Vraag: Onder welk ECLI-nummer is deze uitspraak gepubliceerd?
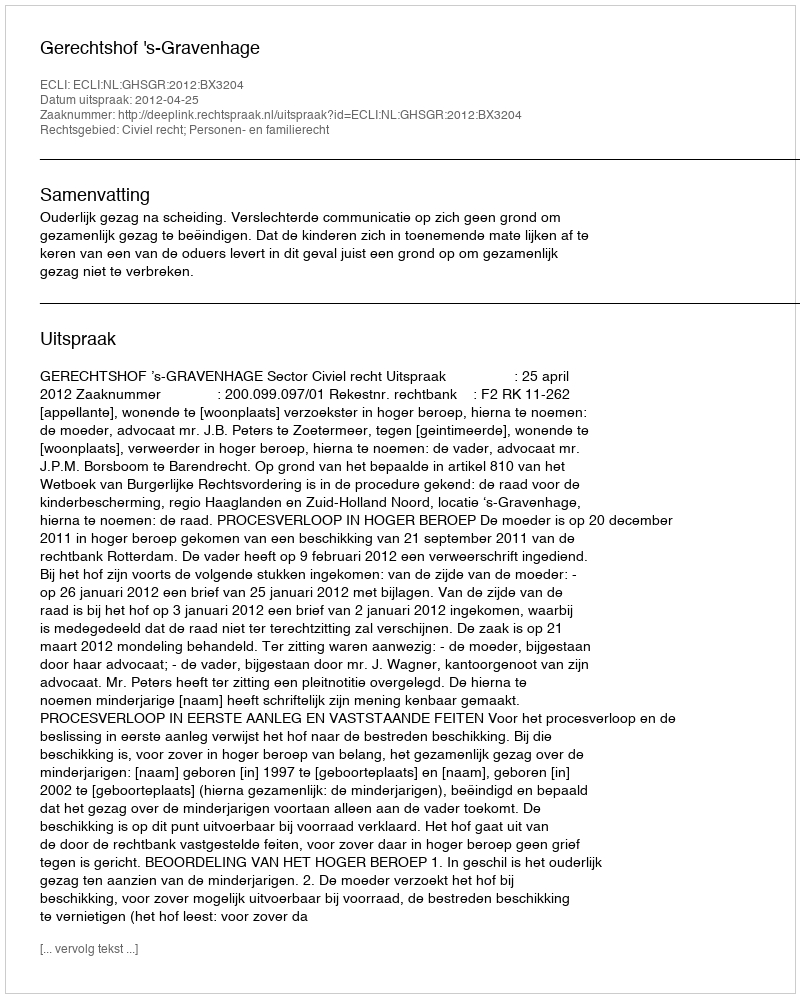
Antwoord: ECLI:NL:GHSGR:2012:BX3204